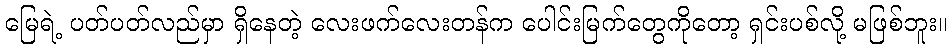
မြေရဲ့ ပတ်ပတ်လည်မှာ ရှိနေတဲ့ လေးဖက်လေးတန်က ပေါင်းမြက်တွေကိုတော့ ရှင်းပစ်လို့ မဖြစ်ဘူး။